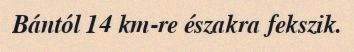
Bántól 14 km-re északra fekszik.